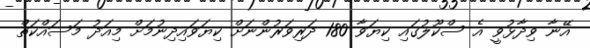
އޭނާ ވިދާޅުވީ އެ ސްކޫލުގައި ކިޔަވާ 180 ދަރިވަރުންނަށް ކިޔަވައިދިނުމަށް މިއަދު މަސައްކަތް